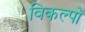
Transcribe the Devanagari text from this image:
विकल्‍पों